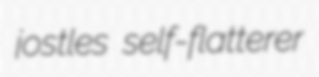
jostles self-flatterer